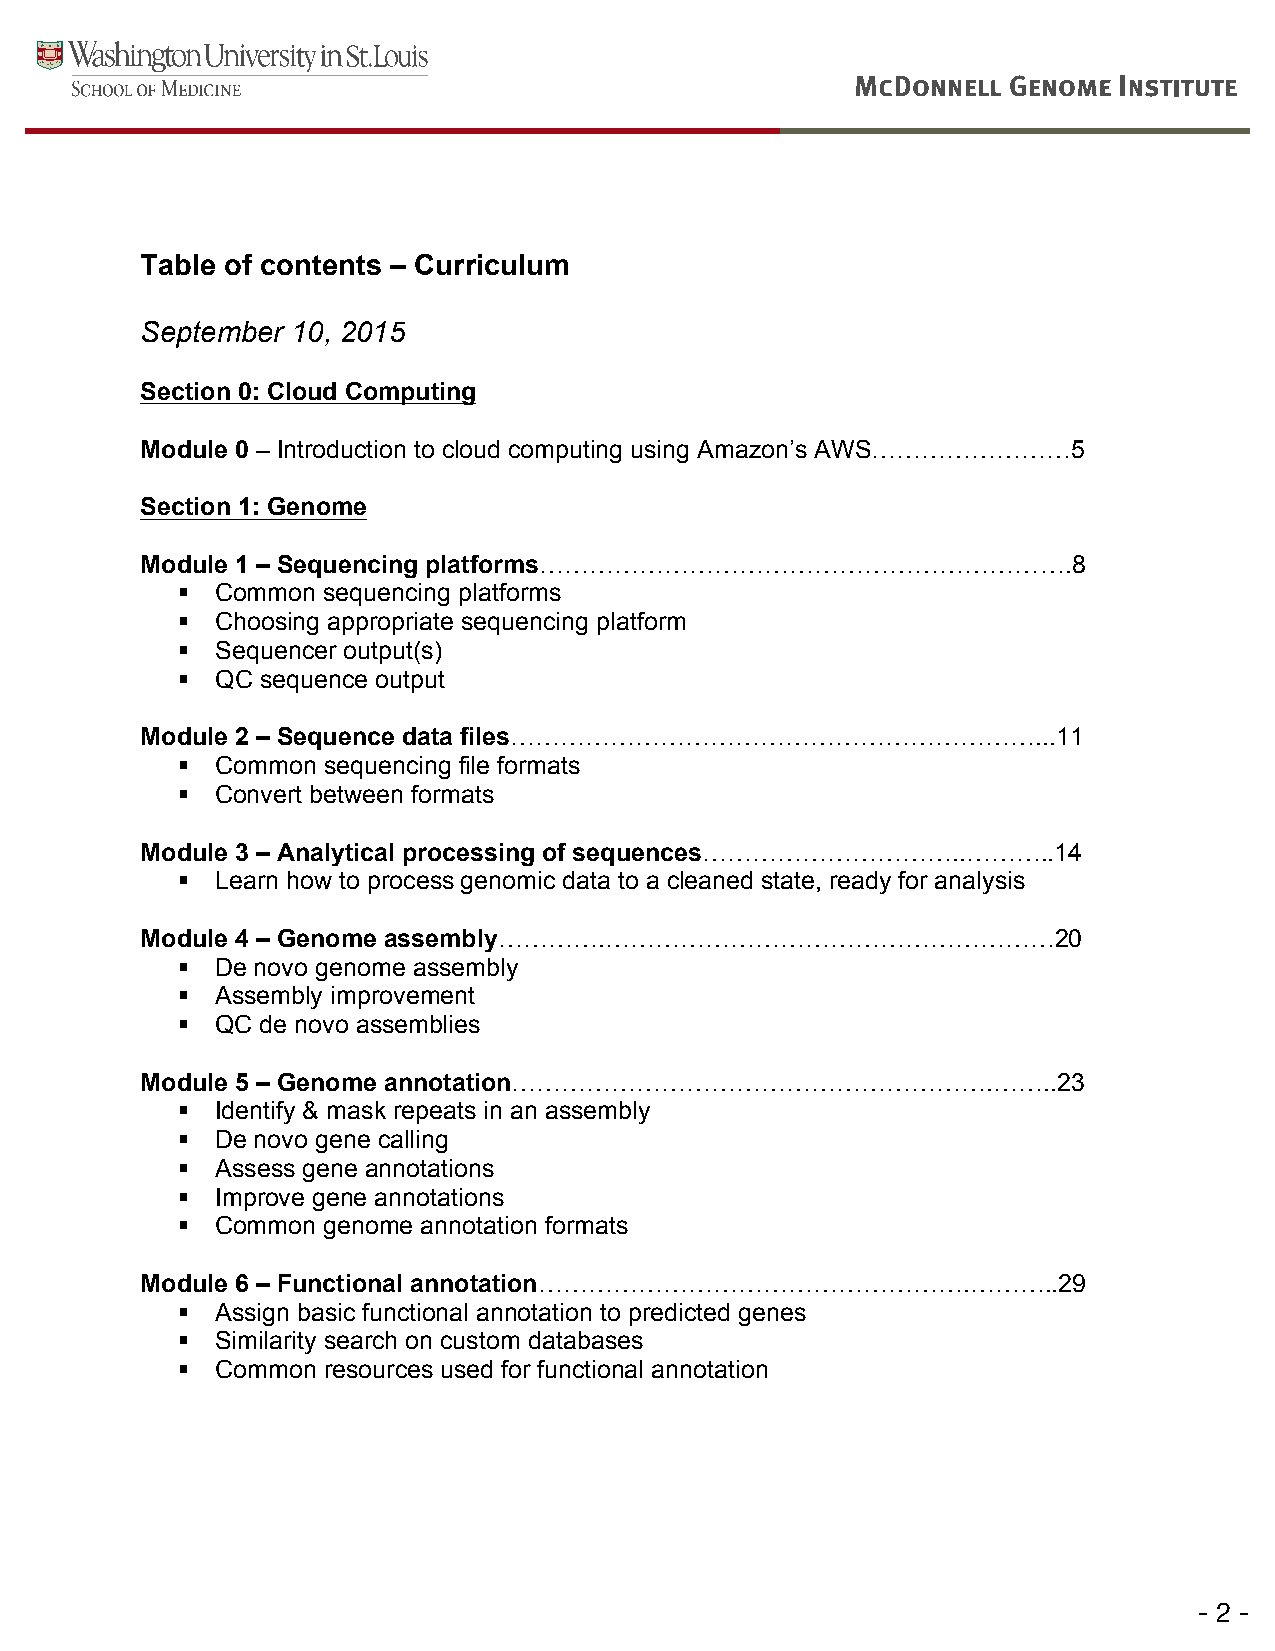
!
 Table of contents – Curriculum
 September 10, 2015
 Section 0: Cloud Computing
 Module 0 – Introduction to cloud computing using Amazon’s AWS……………………5
 Section 1: Genome
 Module 1 – Sequencing platforms……………………………………………………         ….8
 ! Common sequencing platforms
 ! Choosing appropriate sequencing platform
 ! Sequencer output(s)
 ! QC sequence output
 Module 2 – Sequence data files………………………………………………………...11
 ! Common sequencing file formats
 ! Convert between formats
 Module 3 – Analytical processing of sequences…………………………..………..14
 ! Learn how to process genomic data to a cleaned state, ready for analysis
 Module 4 – Genome assembly………….………………………………………………20
 ! De novo genome assembly
 ! Assembly improvement
 ! QC de novo assemblies
 Module 5 – Genome annotation………………………………………………….……..23
 ! Identify & mask repeats in an assembly
 ! De novo gene calling
 ! Assess gene annotations
 ! Improve gene annotations
 ! Common genome annotation formats
 Module 6 – Functional annotation…………………………………………….………..29
 ! Assign basic functional annotation to predicted genes
 ! Similarity search on custom databases
 ! Common resources used for functional annotation
 !